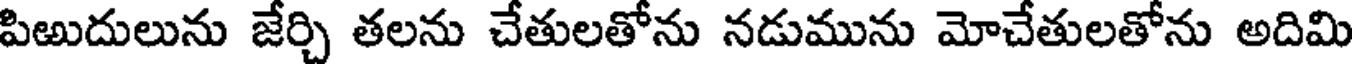
పిఱుదులును జేర్చి తలను చేతులతోను నడుమును మోచేతులతోను అదిమి